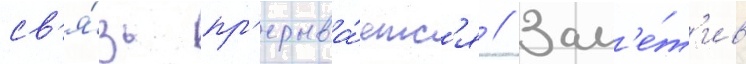
св'я́зь пр'ерыва́етс'я // Зам'е́т'ив